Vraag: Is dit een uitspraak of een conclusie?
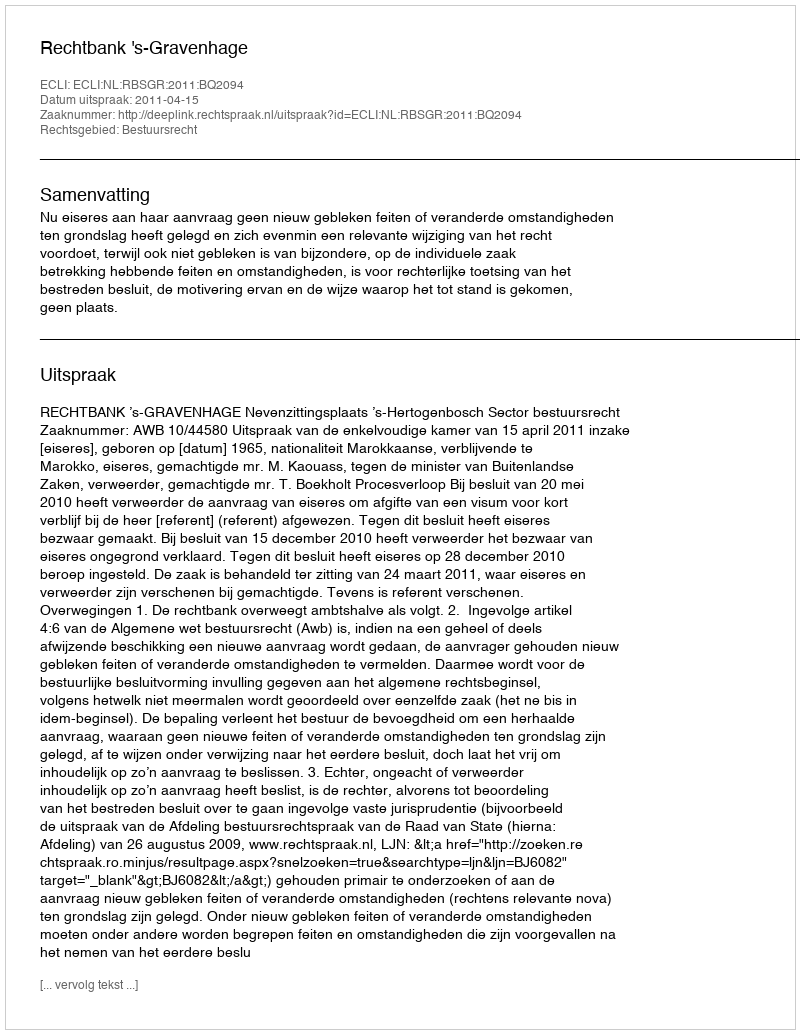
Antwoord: Uitspraak